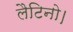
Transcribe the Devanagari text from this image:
लैटिनो।